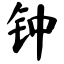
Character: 钟